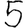
Digit: 5